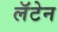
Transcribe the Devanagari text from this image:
लॅटेन